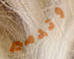
وتدمير